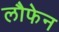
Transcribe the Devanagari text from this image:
लौफेन